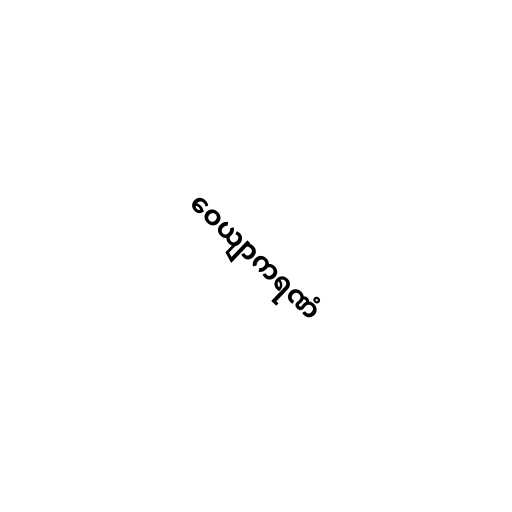
ဝေယျာကရဏံ